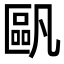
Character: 𠥷